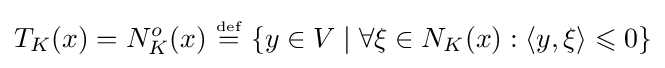
T_{K}(x)=N_{K}^{o}(x)\ {\overset {\underset {\mathrm {def} }{}}{=}}\ \{y\in V\mid \forall \xi \in N_{K}(x):\langle y,\xi \rangle \leqslant 0\}